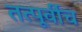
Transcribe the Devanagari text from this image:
तत्पूर्वीच